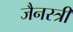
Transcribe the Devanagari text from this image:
जैनस्त्री